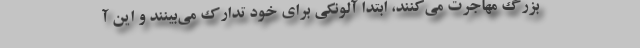
بزرگ مهاجرت مي‌كنند، ابتدا آلونكي براي خود تدارك مي‌بينند و اين آ